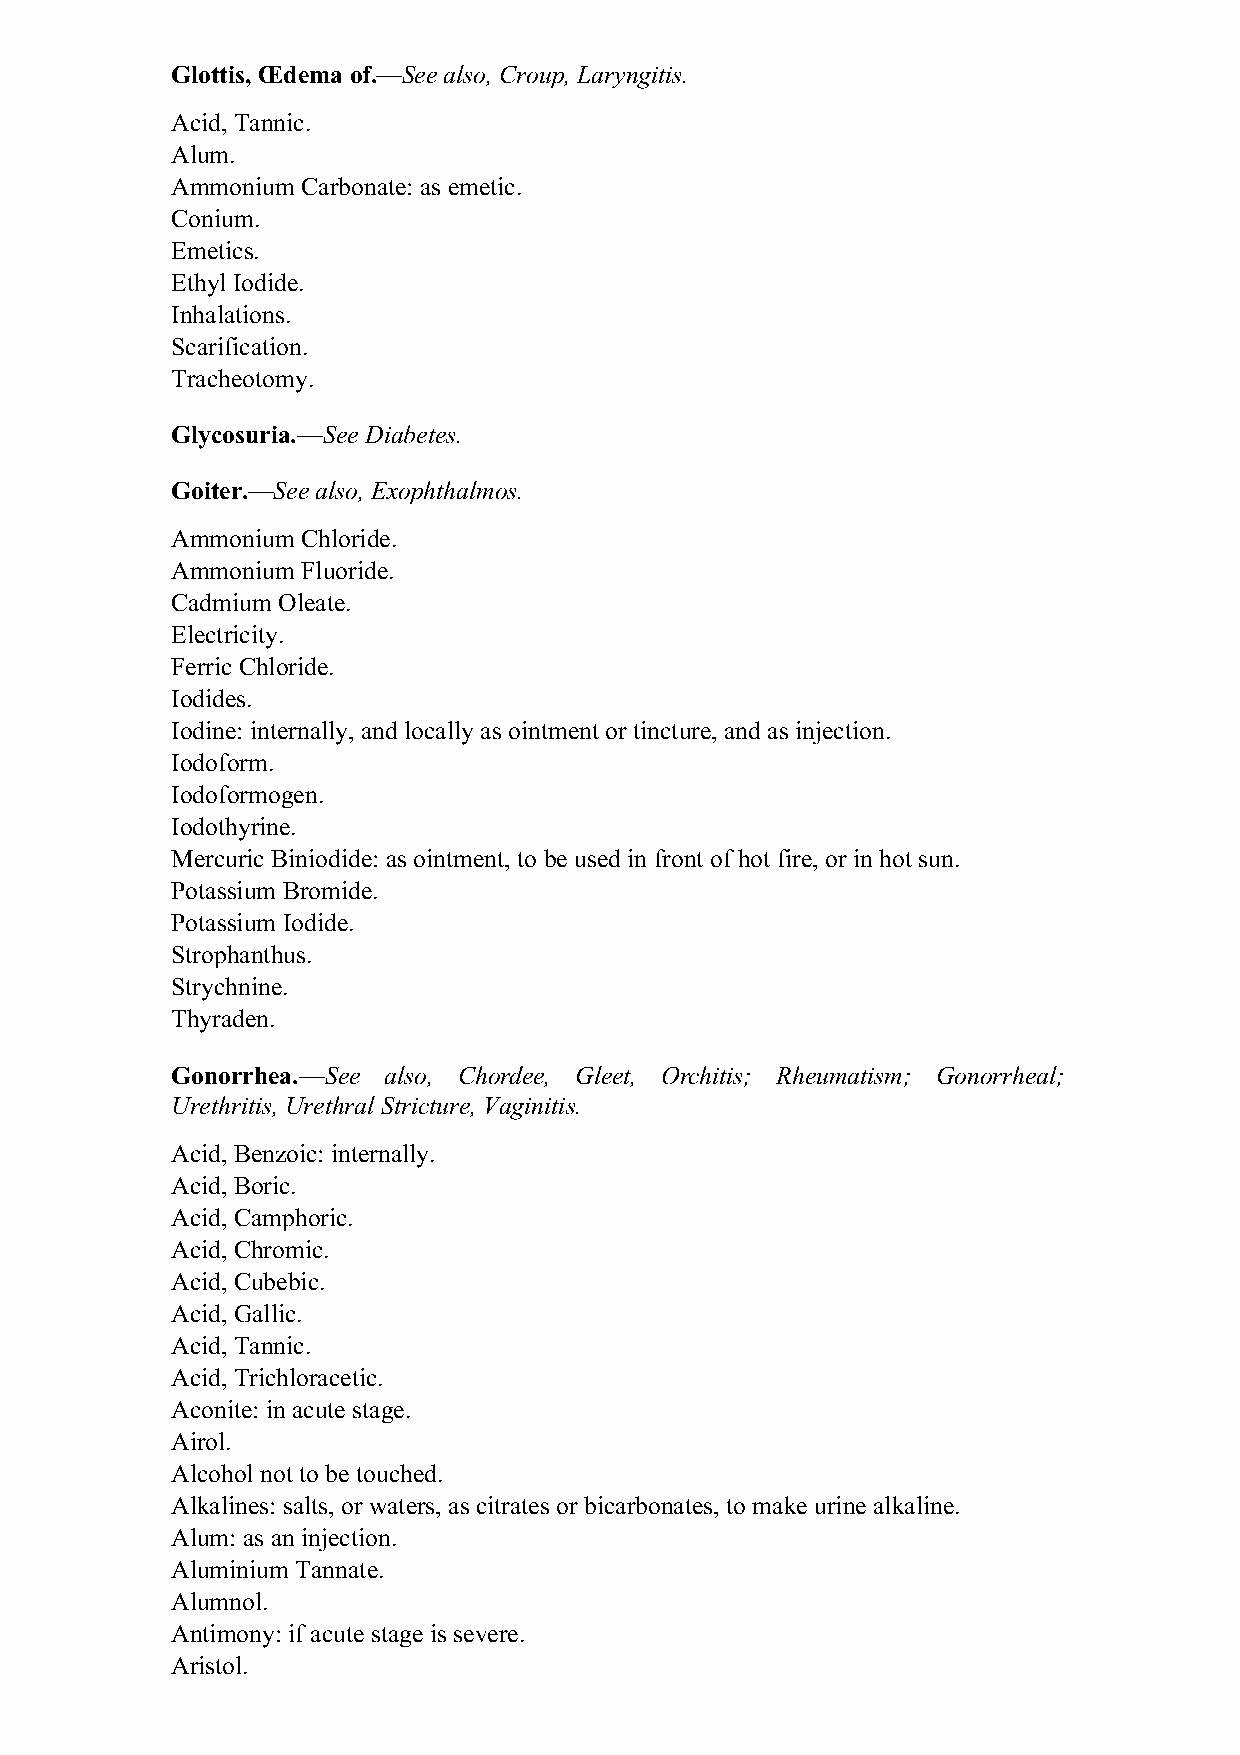
Glottis, Œdema of.—See also, Croup, Laryngitis.
 Acid, Tannic.
 Alum.
 Ammonium Carbonate: as emetic.
 Conium.
 Emetics.
 Ethyl Iodide.
 Inhalations.
 Scarification.
 Tracheotomy.
 Glycosuria.—See Diabetes.
 Goiter.—See also, Exophthalmos.
 Ammonium Chloride.
 Ammonium Fluoride.
 Cadmium Oleate.
 Electricity.
 Ferric Chloride.
 Iodides.
 Iodine: internally, and locally as ointment or tincture, and as injection.
 Iodoform.
 Iodoformogen.
 Iodothyrine.
 Mercuric Biniodide: as ointment, to be used in front of hot fire, or in hot sun.
 Potassium Bromide.
 Potassium Iodide.
 Strophanthus.
 Strychnine.
 Thyraden.
 Gonorrhea.—See also, Chordee, Gleet, Orchitis; Rheumatism; Gonorrheal;
 Urethritis, Urethral Stricture, Vaginitis.
 Acid, Benzoic: internally.
 Acid, Boric.
 Acid, Camphoric.
 Acid, Chromic.
 Acid, Cubebic.
 Acid, Gallic.
 Acid, Tannic.
 Acid, Trichloracetic.
 Aconite: in acute stage.
 Airol.
 Alcohol not to be touched.
 Alkalines: salts, or waters, as citrates or bicarbonates, to make urine alkaline.
 Alum: as an injection.
 Aluminium Tannate.
 Alumnol.
 Antimony: if acute stage is severe.
 Aristol.